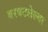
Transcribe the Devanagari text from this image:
बरबटलेल्या